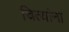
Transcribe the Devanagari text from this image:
चित्यांना